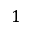
1